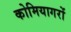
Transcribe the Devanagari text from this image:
कोमियागरों